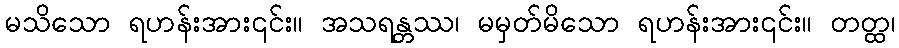
မသိသော ရဟန်းအား၎င်း။ အသရန္တဿ၊ မမှတ်မိသော ရဟန်းအား၎င်း။ တတ္ထ၊